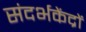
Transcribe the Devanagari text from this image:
संदर्भकेंद्रों